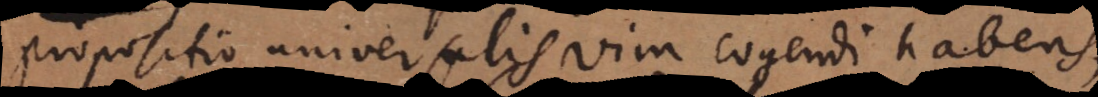
propositio universalis vim cogendi habens,